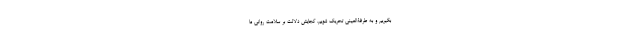
بگیریم و به طرفة‌العینی تحریک شویم، کجایش دلالت بر سلامت روانی ما